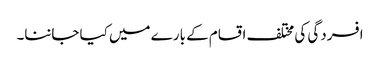
افسردگی کی مختلف اقسام کے بارے میں کیا جاننا۔